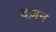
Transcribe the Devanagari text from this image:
दज़न